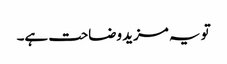
تو یہ مزید وضاحت ہے۔